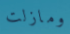
ومازلت